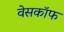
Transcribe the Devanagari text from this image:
वेसकॉफ